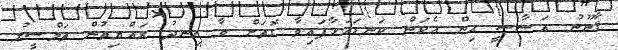
ޤާނޫނު އަސާސީ އިން އެކަން ކަނޑައަޅާފައިވާ ގޮތަށް ވާ ހިނދު ރައްޔިތުން ތަމްސީލު